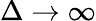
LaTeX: \Delta\rightarrow\infty